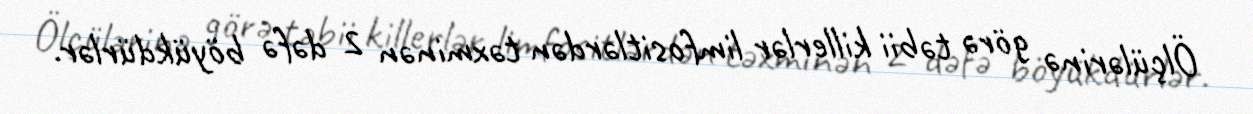
Ölçülərinə görə təbii killerlər limfositlərdən təxminən 2 dəfə böyükdürlər.